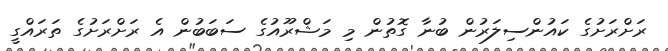
ރަށްރަށުގެ ކައުންސިލަރުން ބުނާ ގޮތުން މި މަޝްރޫއުގެ ސަބަބުން އެ ރަށްރަށުގެ ތަރައްގީ